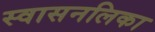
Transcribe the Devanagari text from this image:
स्वासनलिका